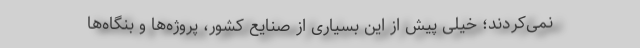
نمی‌کردند؛ خیلی پیش از این بسیاری از صنایع کشور، پروژه‌ها و بنگاه‌ها